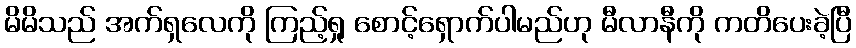
မိမိသည် အက်ရှလေကို ကြည့်ရှု စောင့်ရှောက်ပါမည်ဟု မီလာနီကို ကတိပေးခဲ့ပြီ